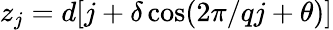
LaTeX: z_{j}=d[j+\delta\cos(2\pi/qj+\theta)]